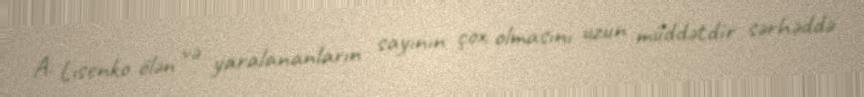
A. Lısenko ölən və yaralananların sayının çox olmasını uzun müddətdir sərhəddə